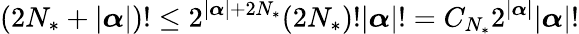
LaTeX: (2{N_{*}}+|{\boldsymbol{\alpha}}|)!\leq 2^{|{\boldsymbol{\alpha}}|+2{N_{*}}}(2{N_{*}})!|{\boldsymbol{\alpha}}|!=C_{{N_{*}}}2^{|{\boldsymbol{\alpha}}|}|{\boldsymbol{\alpha}}|!